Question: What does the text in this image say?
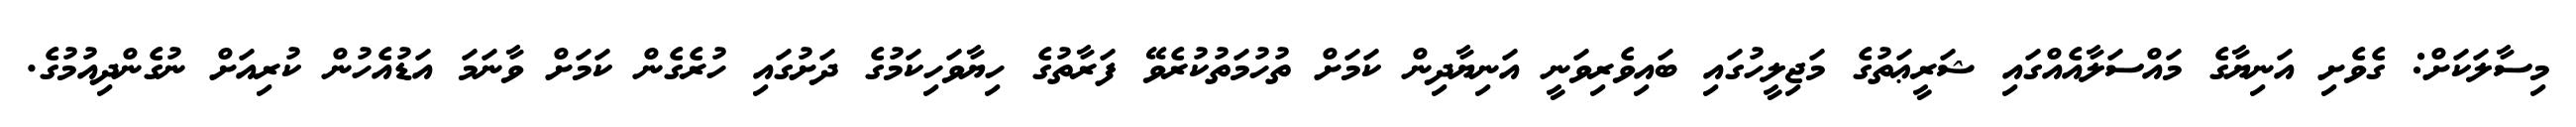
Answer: މިސާލަކަށް: ގެވެށި އަނިޔާގެ މައްސަލާއެއްގައި ޝަރީޢަތުގެ މަޖިލީހުގައި ބައިވެރިވަނީ އަނިޔާދިން ކަމަށް ތުހުމަތުކުރެވޭ ފަރާތުގެ ހިޔާވަހިކަމުގެ ދަށުގައި ހުރެގެން ކަމަށް ވާނަމަ އަޑުއެހުން ކުރިއަށް ނުގެންދިއުމުގެ.